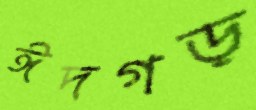
ঈদগড়